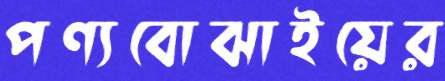
পণ্যবোঝাইয়ের